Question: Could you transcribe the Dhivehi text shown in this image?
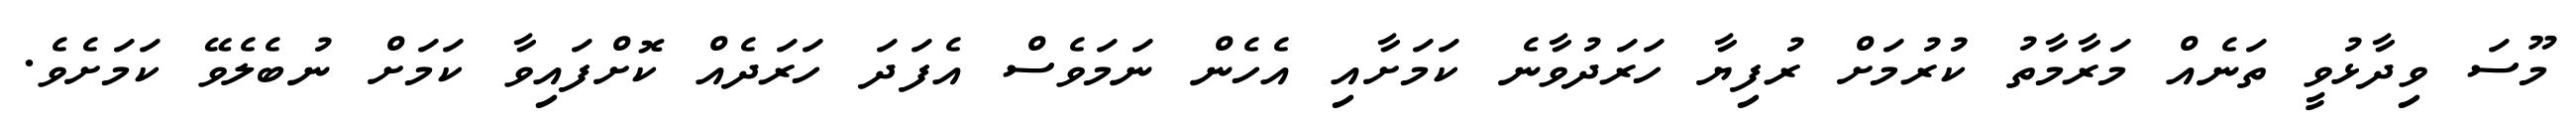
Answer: މޫސަ ވިދާޅުވީ ތަނެއް މަރާމާތު ކުރުމަށް ރުފިޔާ ހަރަދުވާނެ ކަމަށާއި އެހެން ނަމަވެސް އެފަދަ ހަރަދެއް ކޮށްފައިވާ ކަމަށް ނުބެލެވޭ ކަމަށެވެ.